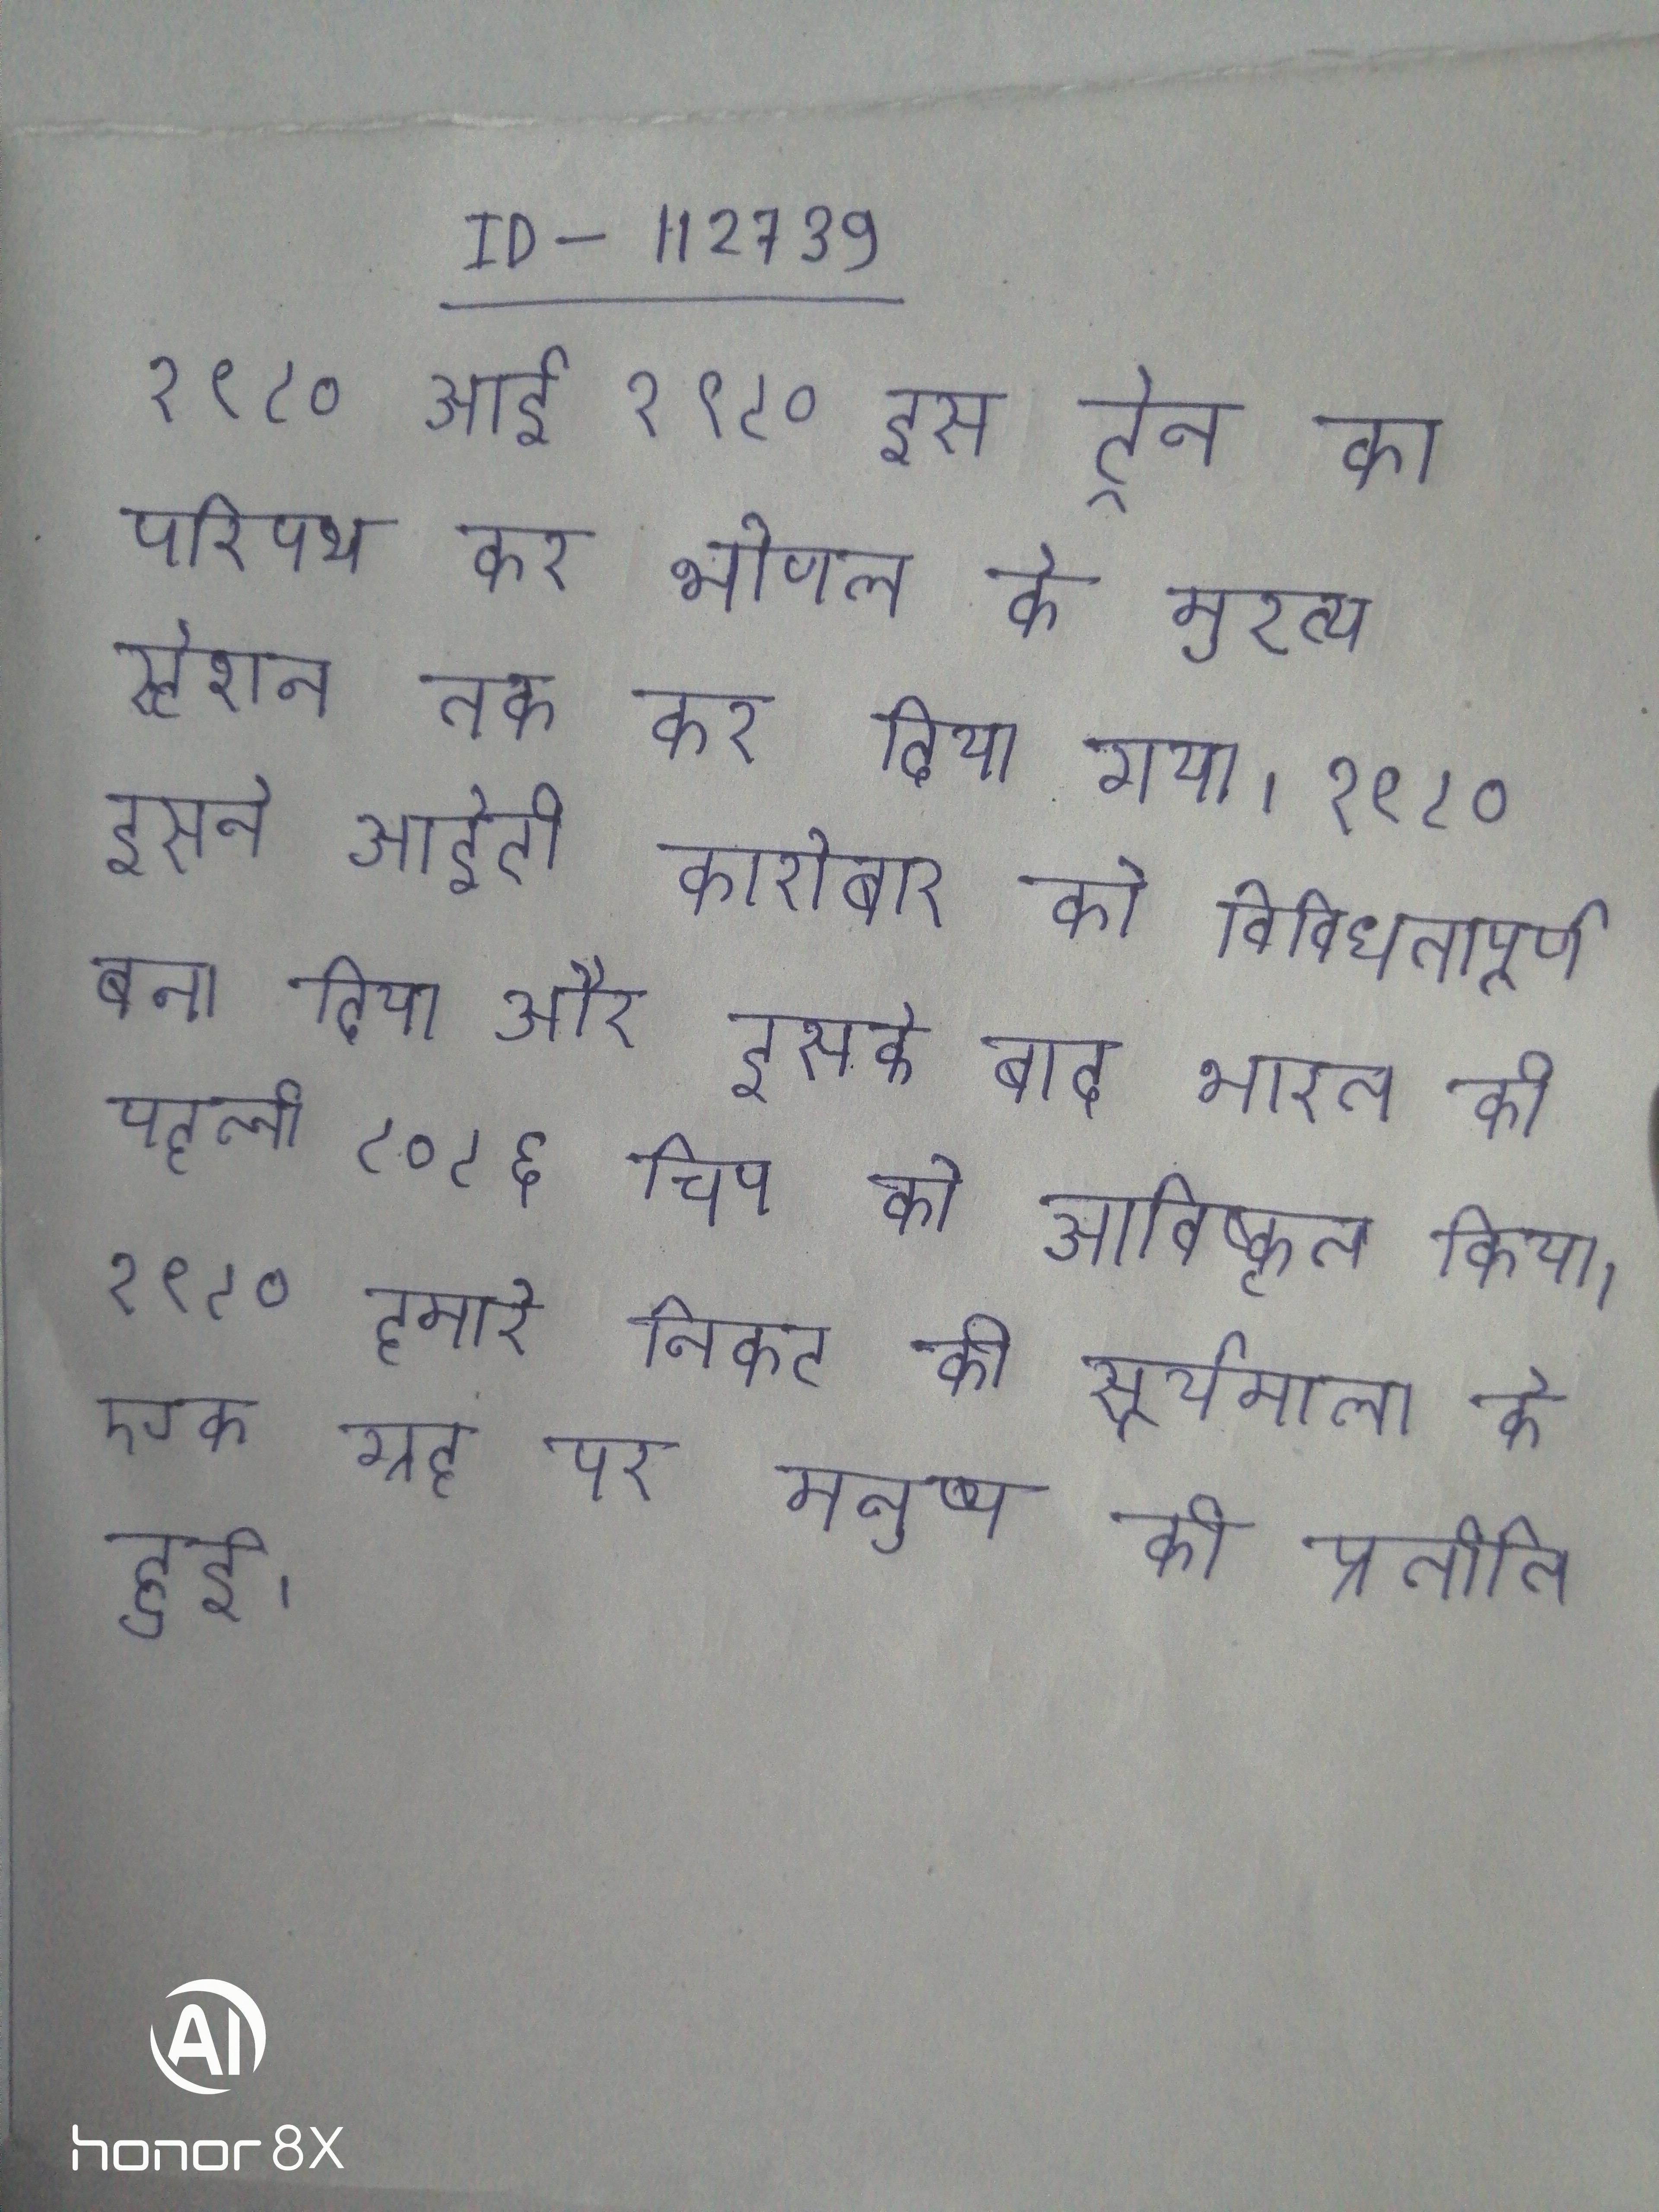
१९८० आई १९८० इस ट्रेन का परिपथ कर भोपाल के मुख्य स्टेशन तक कर दिया गया । १९८० इसने आईटी कारोबार को विविधतापूर्ण बना दिया और इसके बाद भारत की पहली ८०८६ चिप को आविष्कृत किया । १९८० हमारे निकट की सूर्यमाला के एक ग्रह पर मनुष्य की प्रतीति हुई ।